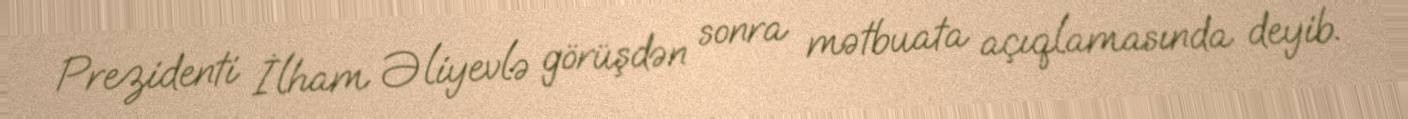
Prezidenti İlham Əliyevlə görüşdən sonra mətbuata açıqlamasında deyib.